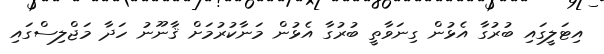
އިޓަލީގައި ބުރުގާ އެޅުން ގިނަވާތީ ބުރުގާ އެޅުން މަނާކުރުމަށް ޤާނޫނު ހަދާ މަޖްލިސްގައި